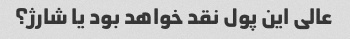
عالی این پول نقد خواهد بود یا شارژ؟